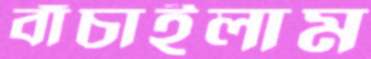
বাঁচাইলাম